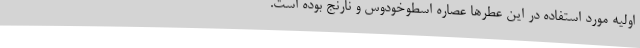
اولیه مورد استفاده در این عطرها عصاره اسطوخودوس و نارنج بوده است.